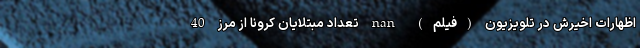
اظهارات اخیرش در تلویزیون (فیلم) nan تعداد مبتلایان کرونا از مرز 40